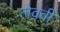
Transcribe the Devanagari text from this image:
लेववी